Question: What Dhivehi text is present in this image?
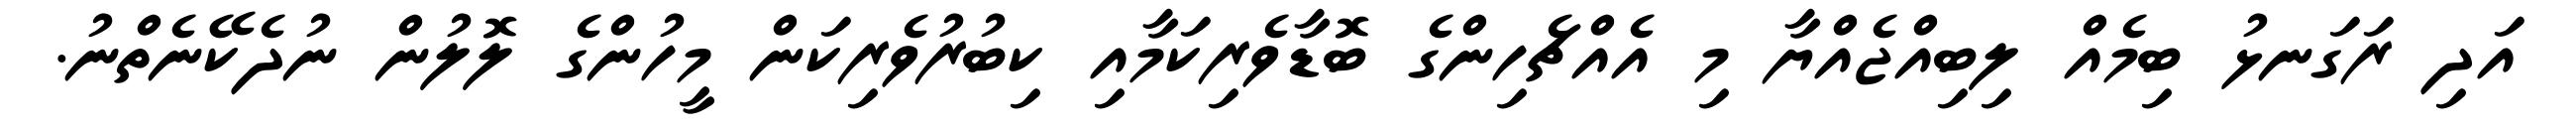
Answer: އަދި ރަގަނޅު ބިމެއް ލިބިއްޖެއްޔާ މި އެއްޗެހިންގެ ބޮޑާވެރިކަމާއި ކިބުރުވެރިކަން މީހުންގެ ލޮލުން ނުދެކޭނެތްނު.